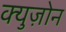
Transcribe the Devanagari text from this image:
क्युज़ोन